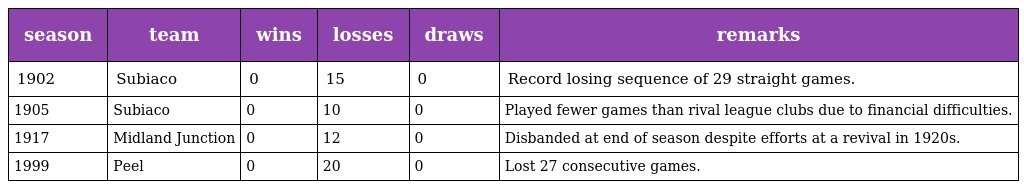
| season | team | wins | losses | draws | remarks |
 | --- | --- | --- | --- | --- | --- |
 | 1902 | Subiaco | 0 | 15 | 0 | Record losing sequence of 29 straight games. |
 | 1905 | Subiaco | 0 | 10 | 0 | Played fewer games than rival league clubs due to financial difficulties. |
 | 1917 | Midland Junction | 0 | 12 | 0 | Disbanded at end of season despite efforts at a revival in 1920s. |
 | 1999 | Peel | 0 | 20 | 0 | Lost 27 consecutive games. |